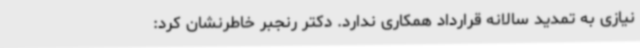
نیازی به تمدید سالانه قرارداد همکاری ندارد. دکتر رنجبر خاطرنشان کرد: